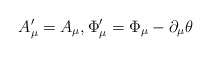
\begin{align*}A_{\mu }^{\prime }=A_{\mu },\Phi _{\mu }^{\prime }=\Phi _{\mu}-\partial _{\mu }\theta \end{align*}